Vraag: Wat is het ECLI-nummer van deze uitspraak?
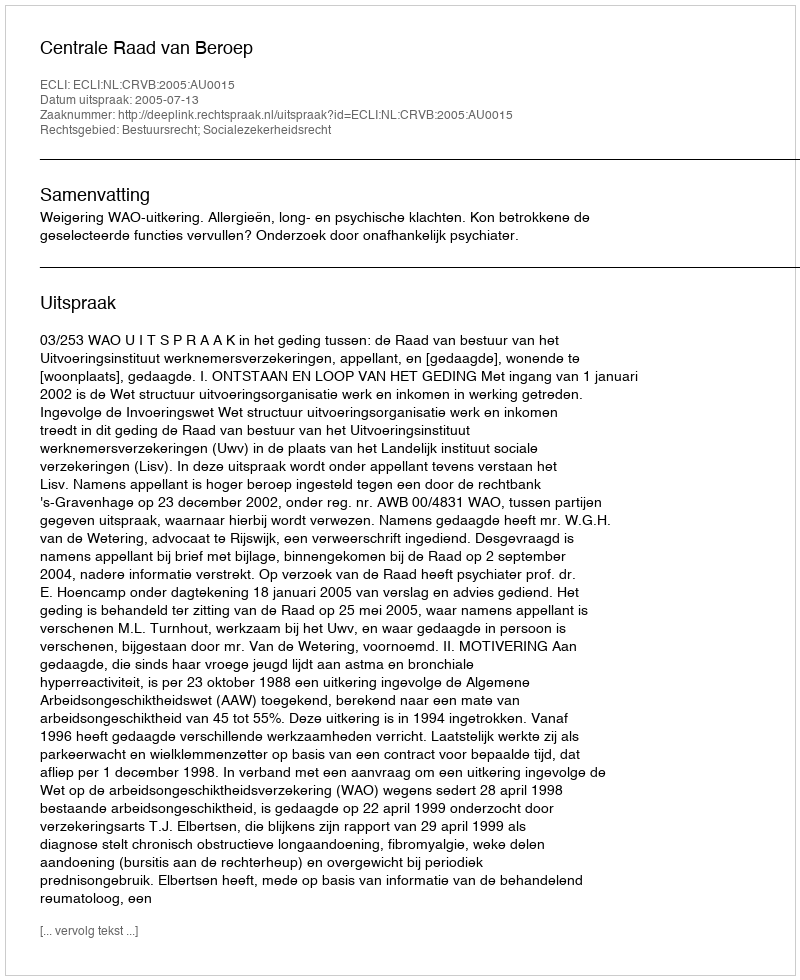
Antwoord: ECLI:NL:CRVB:2005:AU0015